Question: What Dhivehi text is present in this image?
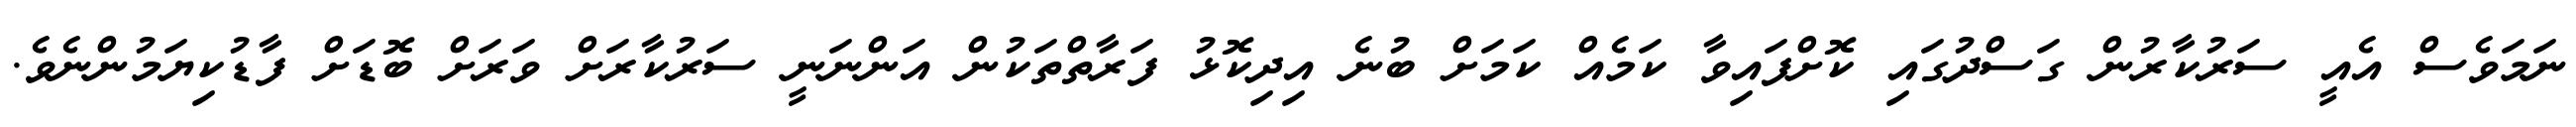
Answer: ނަމަވެސް އެއީ ސަރުކާރުން ގަސްދުގައި ކޮށްފައިވާ ކަމެއް ކަމަށް ބުނެ އިދިކޮޅު ފަރާތްތަކުން އަންނަނީ ސަރުކާރަށް ވަރަށް ބޮޑަށް ފާޑުކިޔަމުންނެވެ.